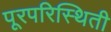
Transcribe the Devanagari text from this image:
पूरपरिस्थिती